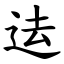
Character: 迲